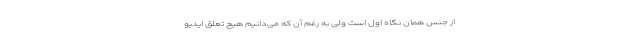
از جنس همان نگاه اول است ولی به رغم آن که می‌دانیم هیچ تعلق ایدیو